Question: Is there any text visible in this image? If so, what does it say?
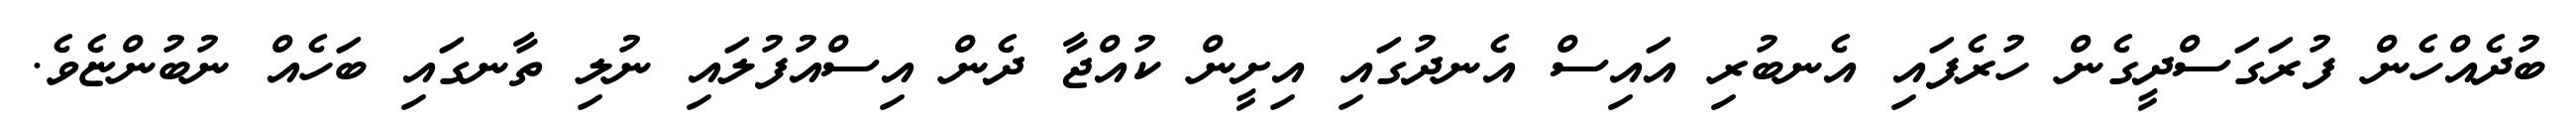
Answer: ބުދެއްހެން ފުރަގަސްދީގެން ހުރެފައި އެނބުރި އައިސް އެނދުގައި އިށީން ކުއްޖާ ދެން އިސްއުފުލައި ނުލި ތާނގައި ބަހެއް ނުބުންޏެވެ.